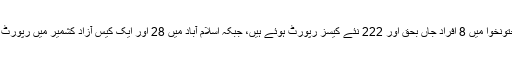
خیبر پختونخوا میں 8 افراد جاں بحق اور 222 نئے کیسز رپورٹ ہوئے ہیں، جبکہ اسلام آباد میں 28 اور ایک کیس آزاد کشمیر میں رپورٹ ہوا ہے۔